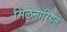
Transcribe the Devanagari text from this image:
मिलेनारियन